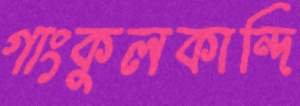
গাংকুলকান্দি